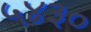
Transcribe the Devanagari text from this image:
५४३०